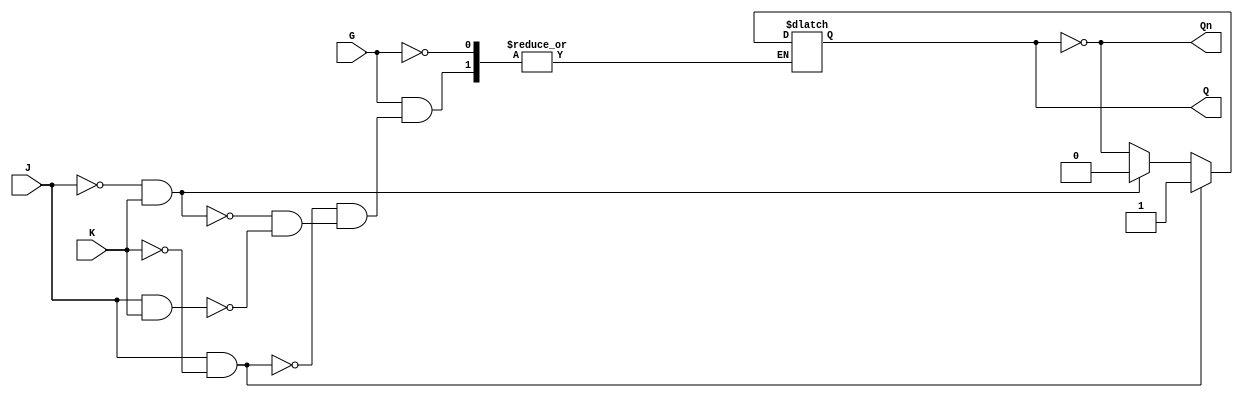
module GatedJKLatch (
    input wire J,    // Data input J
    input wire K,    // Data input K
    input wire G,    // Enable input
    output reg Q,    // Output Q
    output wire Qn   // Output Q' (complement of Q)
);

    assign Qn = ~Q; // Complement of Q

    always @ (G or J or K or Q) begin
        if (G) begin
            if (J && ~K) begin
                Q <= 1;      // Set state
            end else if (~J && K) begin
                Q <= 0;      // Reset state
            end else if (J && K) begin
                Q <= ~Q;     // Toggle state
            end
            // If J = 0 and K = 0, Q remains unchanged
        end
        // If G is low, the latch holds its previous state automatically
    end

endmodule